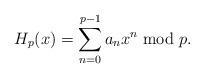
LaTeX: \begin{align*} H_p(x)=\sum_{n=0}^{p-1} a_n x^n \bmod p.\end{align*}